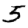
Digit: 5